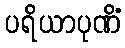
ပရိယာပုဏိံ